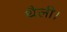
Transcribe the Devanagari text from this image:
थैली।